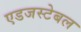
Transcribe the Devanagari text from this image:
एडजस्टेबल